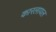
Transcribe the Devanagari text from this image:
कारलायल